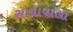
સોનાવાલા